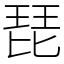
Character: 琵